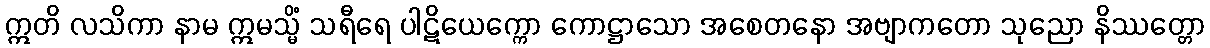
ဣတိ လသိကာ နာမ ဣမသ္မိံ သရီရေ ပါဋိယေက္ကော ကောဋ္ဌာသော အစေတနော အဗျာကတော သုညော နိဿတ္တော